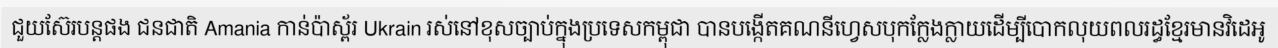
ជួយស៊ែរបន្តផង ជនជាតិ Amania កាន់ប៉ាស្ព័រ Ukrain រស់នៅខុសច្បាប់ក្នុងប្រទេសកម្ពុជា បានបង្កើតគណនីហ្វេសបុកក្លែងក្លាយដើម្បីបោកលុយពលរដ្ធខ្មែរមានវិដេអូ